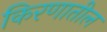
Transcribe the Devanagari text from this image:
किरणातील